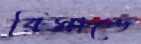
রিমান্ডে